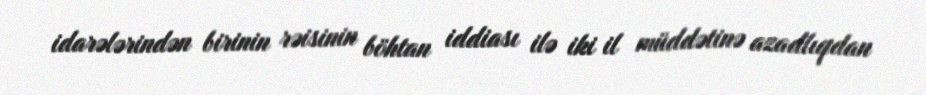
idarələrindən birinin rəisinin böhtan iddiası ilə iki il müddətinə azadlıqdan